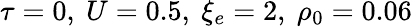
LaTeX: \tau=0,~U=0.5,~\xi_{e}=2,~\rho_{0}=0.06